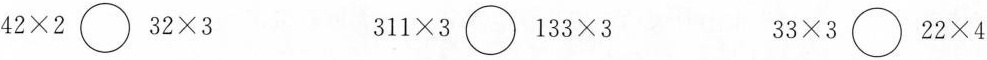
$$4 2 \times 2 \bigcirc 3 2 \times 3$$ $$3 1 1 \times 3 \bigcirc 1 3 3 \times 3$$ $$3 3 \times 3 \bigcirc 2 2 \times 4$$